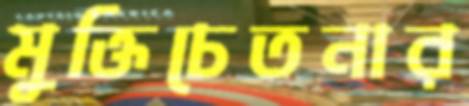
মুক্তিচেতনার